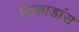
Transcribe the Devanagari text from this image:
डिकाडांस